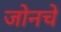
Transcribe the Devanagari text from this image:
जोनचे